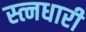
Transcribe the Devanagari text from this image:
स्त्नधारी